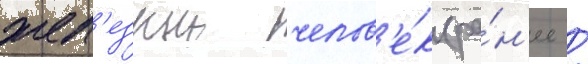
жел'езныи челов'е́к (ра́н'ее /